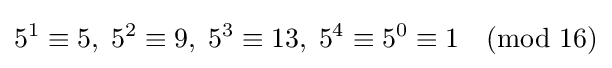
5^{1}\equiv 5,\;5^{2}\equiv 9,\;5^{3}\equiv 13,\;5^{4}\equiv 5^{0}\equiv 1{\pmod {16}}